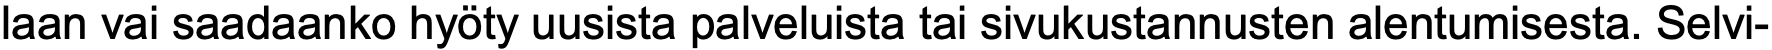
laan vai saadaanko hyöty uusista palveluista tai sivukustannusten alentumisesta. Selvi-